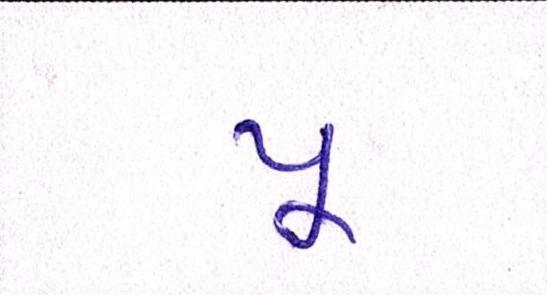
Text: પૂ